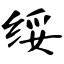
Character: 绥